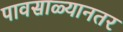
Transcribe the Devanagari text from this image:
पावसाळ्यानतर